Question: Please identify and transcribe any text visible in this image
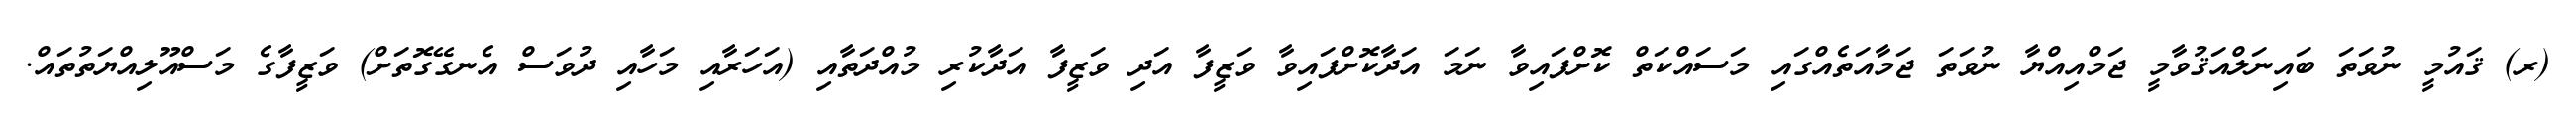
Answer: (ރ) ޤައުމީ ނުވަތަ ބައިނަލްއަޤުވާމީ ޖަމްއިއްޔާ ނުވަތަ ޖަމާއަތެއްގައި މަސައްކަތް ކޮށްފައިވާ ނަމަ އަދާކޮށްފައިވާ ވަޒީފާ އަދި ވަޒީފާ އަދާކުރި މުއްދަތާއި (އަހަރާއި މަހާއި ދުވަސް އެނގޭގޮތަށް) ވަޒީފާގެ މަސްއޫލިއްޔަތުތައް.